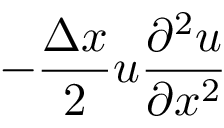
- \frac { \Delta x } { 2 } u \frac { \partial ^ { 2 } u } { \partial x ^ { 2 } }